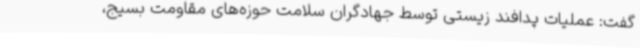
گفت: عملیات پدافند زیستی توسط جهادگران سلامت حوزه‌های مقاومت بسیج،